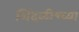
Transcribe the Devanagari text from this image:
शिंदळीच्च्या